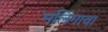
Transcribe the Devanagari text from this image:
मलिगावा